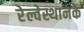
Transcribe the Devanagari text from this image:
रेल्वेस्थानके